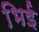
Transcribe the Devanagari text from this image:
भिई